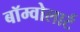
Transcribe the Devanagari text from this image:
बॉम्वोलार्ट